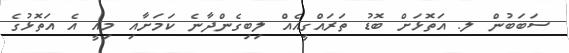
ސަބަބުން ލ. އަތޮޅަށް ބޮޑު ތަރައްގީއެއް ލިބިގެންދާނެ ކަމަށާއި މިއީ އެ އަތޮޅުގެ